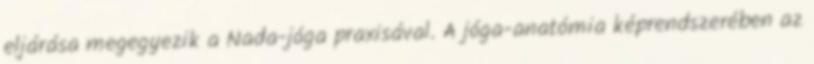
eljárása megegyezik a Nada-jóga praxisával. A jóga-anatómia képrendszerében az